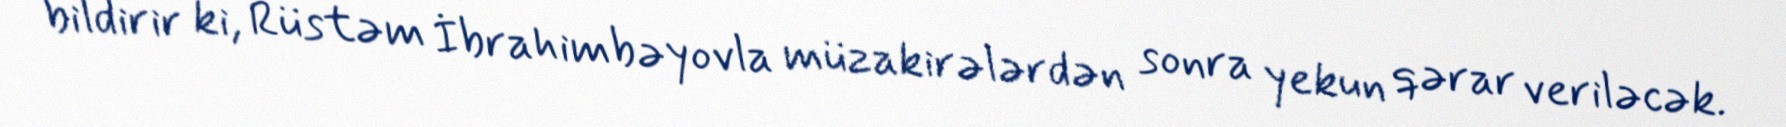
bildirir ki, Rüstəm İbrahimbəyovla müzakirələrdən sonra yekun qərar veriləcək.